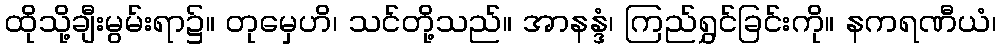
ထိုသို့ချီးမွမ်းရာ၌။ တုမှေဟိ၊ သင်တို့သည်။ အာနန္ဒံ၊ ကြည်ရွှင်ခြင်းကို။ နကရဏီယံ၊